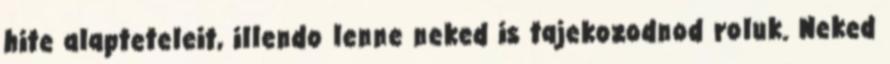
hite alapteteleit, illendo lenne neked is tajekozodnod roluk. Neked